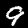
Label: 9